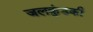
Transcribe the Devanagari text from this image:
जलकुंडकी